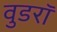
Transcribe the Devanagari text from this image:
वुडरॉ